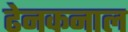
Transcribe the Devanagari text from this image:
ढेनकनाल